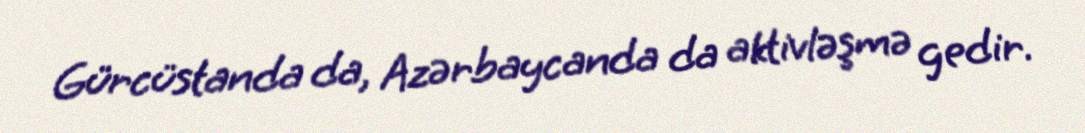
Gürcüstanda da, Azərbaycanda da aktivləşmə gedir.